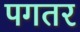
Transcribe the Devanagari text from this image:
पगतर